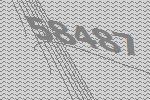
58487